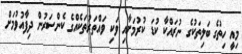
މިއީ ހިތުގެ ބަލިތަކުގެ ނުރައްކާ ކުޑަ ކުރުމަށާއި ވަކި ވައްތަރުތަކެއްގެ ކެންސަރުން ދިފާއުވުމަށް